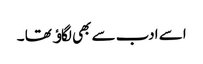
اسے ادب سے بھی لگاﺅ تھا ۔